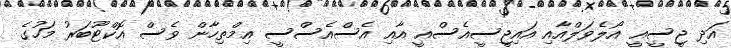
އަދި ޖީސީއީ އޯލެވަލްއާއި އައިޖީސީއެސްއީ އާއި އެސްއެސްސީ އިމްތިހާން ވެސް އޮކްޓޫބަރު މަހުގެ